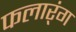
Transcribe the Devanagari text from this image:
फलार्ंग